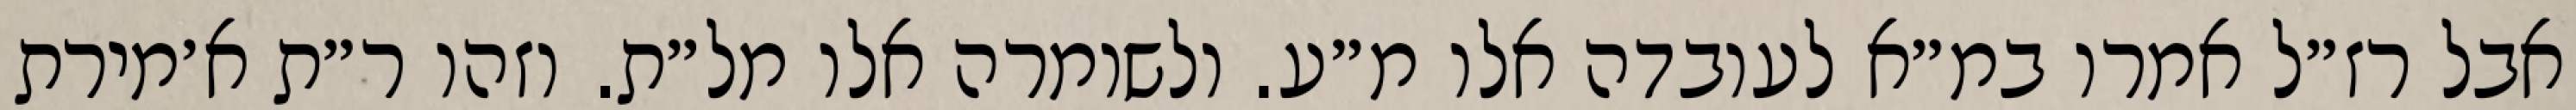
אבל רז״ל אמרו במ״א לעובדה אלו מ״ע. ולשומרה אלו מל״ת. וזהו ר״ת א׳מירת